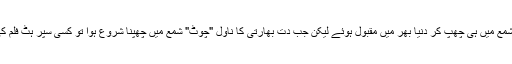
کرشن چندر ،خواجہ احمد عباس، عصمت چغتائی جیسے اس عہد کے بڑے بڑے قلمکار شمع میں ہی چھپ کر دنیا بھر میں مقبول ہوئے لیکن جب دت بھارتی کا ناول "چوٹ" شمع میں چھپنا شروع ہوا تو کسی سپر ہٹ فلم کی ٹکٹ کھڑکی سے زیادہ شمع کے تازہ شمارے کے لیے بھیڑ بک اسٹالوں پر ہوتی تھی۔